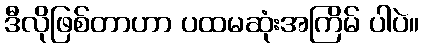
ဒီလိုဖြစ်တာဟာ ပထမဆုံးအကြိမ် ပါပဲ။